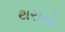
થરાનો